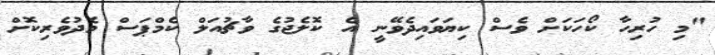
"މި ހުރިހާ ކޯހަކަށް ވެސް ކިޔަވައިދެވޭނީ އެ ކޮލެޖުގެ ވާޗުއަލް ކެމްޕަސް މެދުވެރިކޮށް